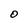
Character: O